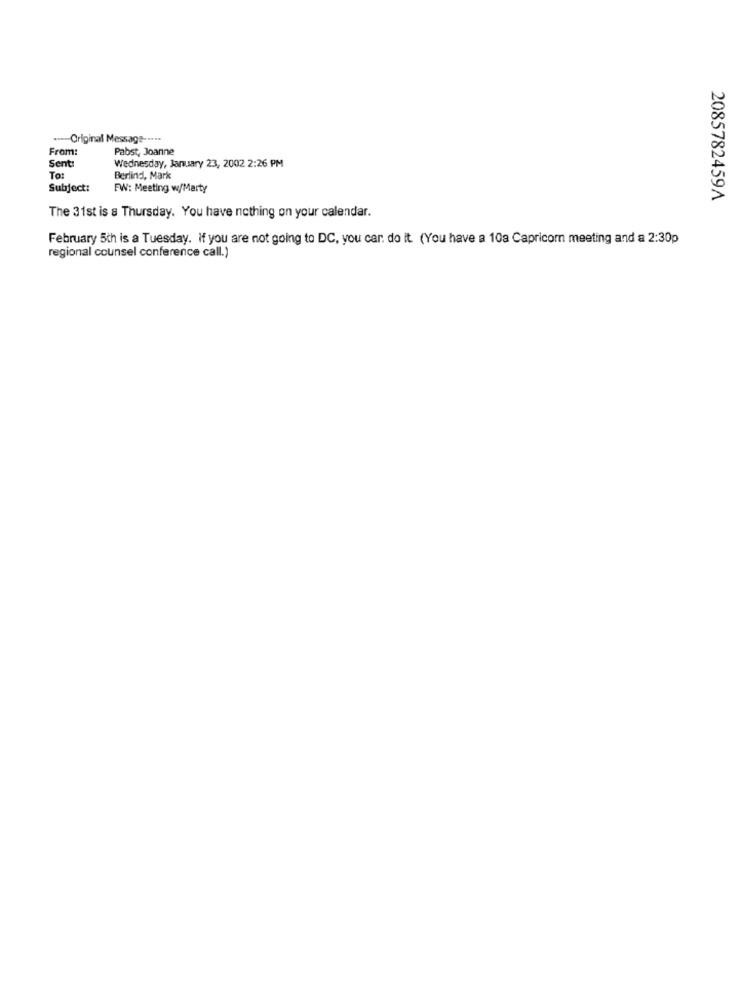
.---- Original Message -....
From:
Pabst, Joanne
Sent:
Wednesday, January 23, 2002 2:26 PM
To:
Berlind, Mark
Subject:
FW: Meeting w/Marty
2085782459A
The 31st is & Thursday. You have nothing on your calendar.
February 5th is a Tuesday. If you are not going to DC, you car. do it (You have a 10a Capricorn meeting and a 2:30p
regional counsel conference call.)